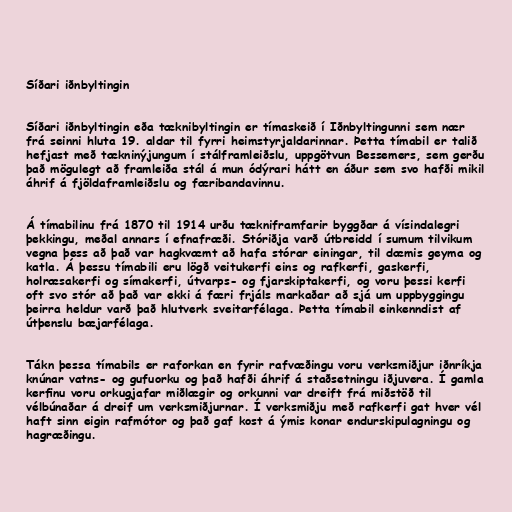
Síðari iðnbyltingin

Síðari iðnbyltingin eða tæknibyltingin er tímaskeið í Iðnbyltingunni sem nær
frá seinni hluta 19. aldar til fyrri heimstyrjaldarinnar. Þetta tímabil er talið
hefjast með tækninýjungum í stálframleiðslu, uppgötvun Bessemers, sem gerðu
það mögulegt að framleiða stál á mun ódýrari hátt en áður sem svo hafði mikil
áhrif á fjöldaframleiðslu og færibandavinnu.

Á tímabilinu frá 1870 til 1914 urðu tækniframfarir byggðar á vísindalegri
þekkingu, meðal annars í efnafræði. Stóriðja varð útbreidd í sumum tilvikum
vegna þess að það var hagkvæmt að hafa stórar einingar, til dæmis geyma og
katla. Á þessu tímabili eru lögð veitukerfi eins og rafkerfi, gaskerfi,
holræsakerfi og símakerfi, útvarps- og fjarskiptakerfi, og voru þessi kerfi
oft svo stór að það var ekki á færi frjáls markaðar að sjá um uppbyggingu
þeirra heldur varð það hlutverk sveitarfélaga. Þetta tímabil einkenndist af
útþenslu bæjarfélaga.

Tákn þessa tímabils er raforkan en fyrir rafvæðingu voru verksmiðjur iðnríkja
knúnar vatns- og gufuorku og það hafði áhrif á staðsetningu iðjuvera. Í gamla
kerﬁnu voru orkugjafar miðlægir og orkunni var dreift frá miðstöð til
vélbúnaðar á dreif um verksmiðjurnar. Í verksmiðju með rafkerfi gat hver vél
haft sinn eigin rafmótor og það gaf kost á ýmis konar endurskipulagningu og
hagræðingu.